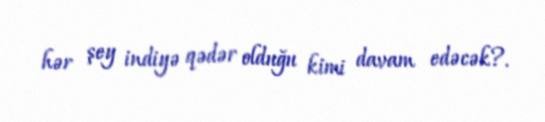
hər şey indiyə qədər olduğu kimi davam edəcək?.